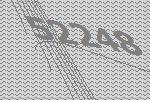
52248